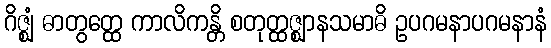
ဂိဇ္ဈံ ဓာတွတ္ထေ ကာလိကန္တိ စတုတ္ထဇ္ဈာနသမာဓိ ဥပဂမနာပဂမနာနံ